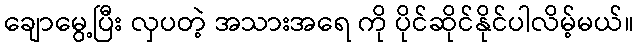
ချောမွေ့ပြီး လှပတဲ့ အသားအရေ ကို ပိုင်ဆိုင်နိုင်ပါလိမ့်မယ်။